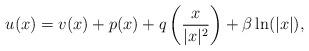
LaTeX: \begin{align*}u(x)=v(x)+p(x)+q\left(\frac{x}{|x|^2}\right)+\beta \ln(|x|),\end{align*}